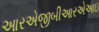
આરએજીબીઆરએઆઇ